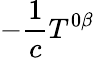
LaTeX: -\frac{1}{c}T^{0\beta}